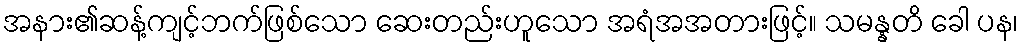
အနား၏ဆန့်ကျင့်ဘက်ဖြစ်သော ဆေးတည်းဟူသော အရံအအတားဖြင့်။ သမန္နတိ ခေါ ပန၊